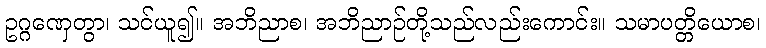
ဥဂ္ဂဏှေတွာ၊ သင်ယူ၍။ အဘိညာစ၊ အဘိညာဉ်တို့သည်လည်းကောင်း။ သမာပတ္တိယောစ၊